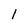
Character: 1